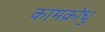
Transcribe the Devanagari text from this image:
कामक्रोधु